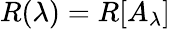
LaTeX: R(\lambda)=R[A_{\lambda}]